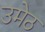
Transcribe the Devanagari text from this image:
उमेठ